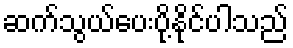
ဆက်သွယ်ပေးပို့နိုင်ပါသည်